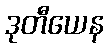
ဒုတီယေန